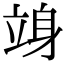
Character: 竧